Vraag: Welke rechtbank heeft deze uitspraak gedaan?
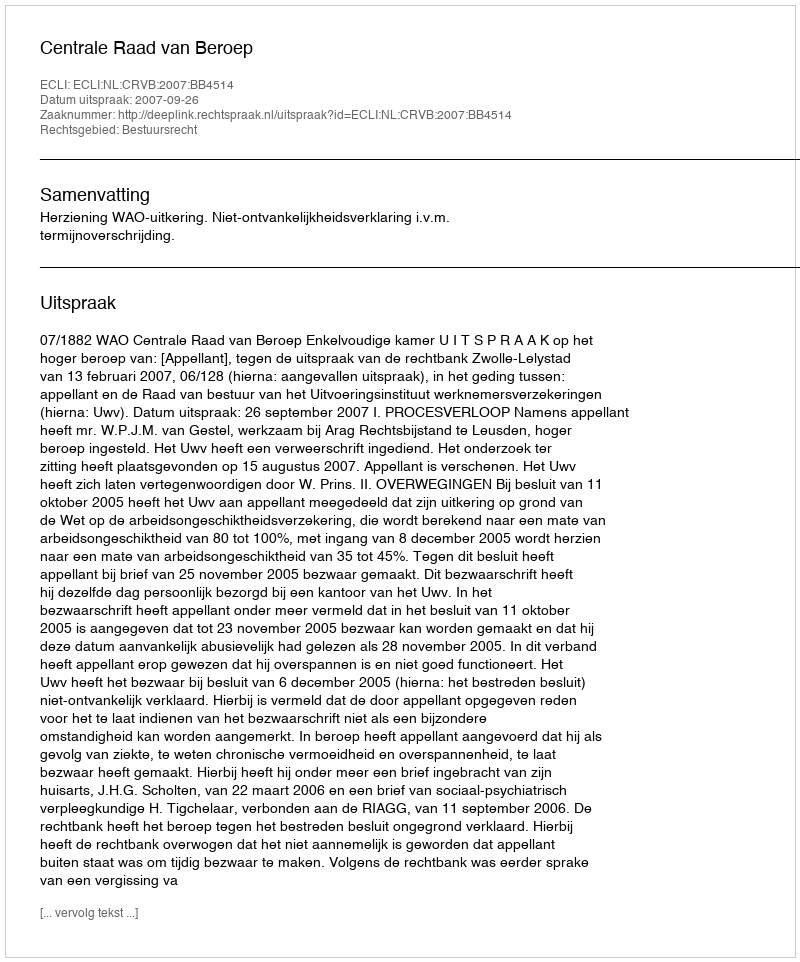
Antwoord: Centrale Raad van Beroep